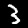
Label: 3